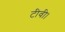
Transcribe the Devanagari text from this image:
टीवी।